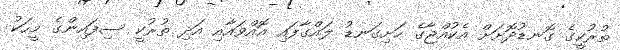
ތުރުކީގެ ގޮނޑުދޮށަށް އެކުއްޖާގެ ހަށިގަނޑު ލައްގާފައި އޮއްވައާއި އަދި ތުރުކީ ސިފައިންގެ މީހަކު